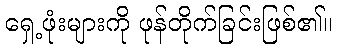
ရှေ့ဖုံးများကို ဖုန်တိုက်ခြင်းဖြစ်၏။